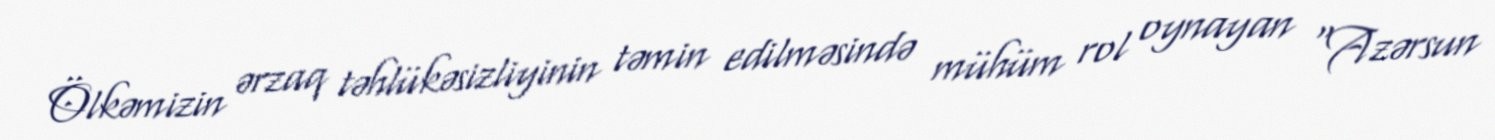
Ölkəmizin ərzaq təhlükəsizliyinin təmin edilməsində mühüm rol oynayan “Azərsun